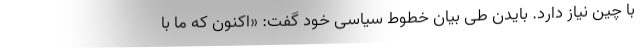
با چین نیاز دارد. بایدن طی بیان خطوط سیاسی خود گفت: «اکنون که ما با